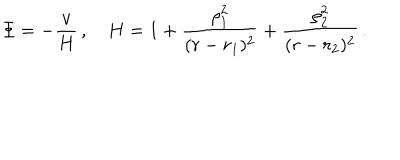
\Phi = - \frac { v } { H } \, , \quad H = 1 + \frac { \rho _ { 1 } ^ { 2 } } { ( r - r _ { 1 } ) ^ { 2 } } + \frac { \rho _ { 2 } ^ { 2 } } { ( r - r _ { 2 } ) ^ { 2 } } \, .